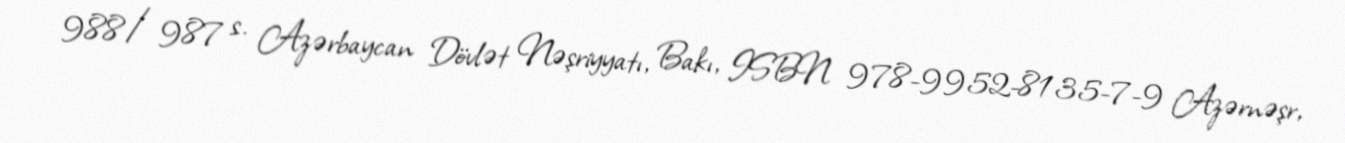
988/987 s. Azərbaycan Dövlət Nəşriyyatı, Bakı, ISBN 978-9952-8135-7-9 Azərnəşr,